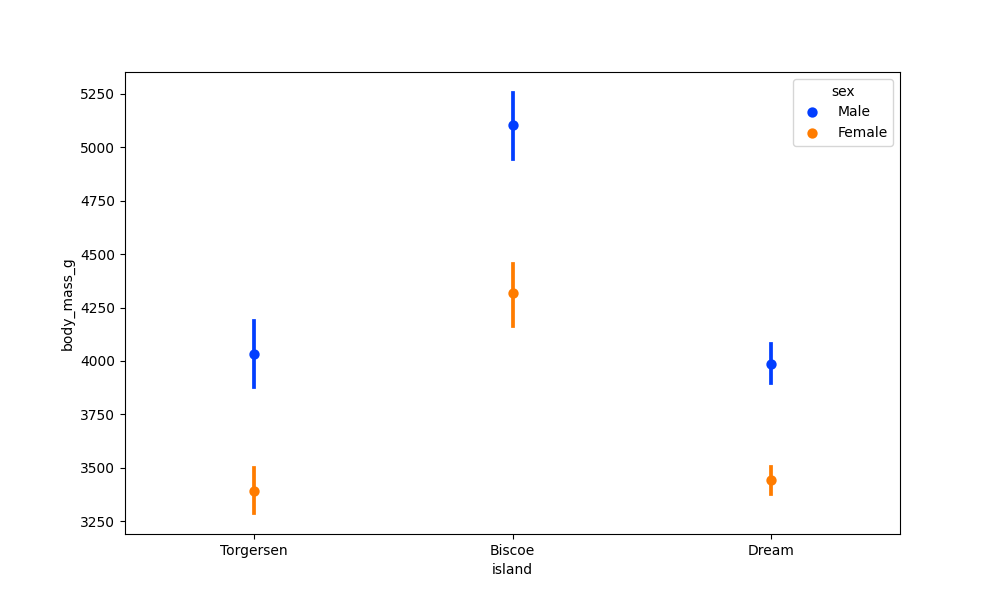
python, seaborn, pointplot, scale=1.0, join=False, hue='sex', palette='bright'